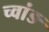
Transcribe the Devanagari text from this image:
च्वांङ